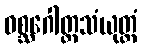
ဝစ္ဆဂေါတ္တသံယုတ္တံ